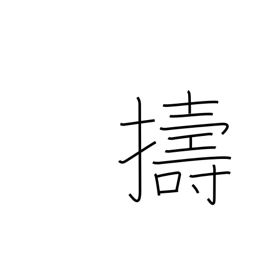
Meaning: pound